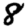
Digit: 8